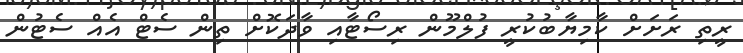
ރީތި ރަށަށް ކާމިޔާބުކުރީ ފުލްމޫން ރިސޯޓާއި ވާދަކޮށް ތިން ސެޓް އެއް ސެޓުން